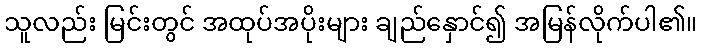
သူလည်း မြင်းတွင် အထုပ်အပိုးများ ချည်နှောင်၍ အမြန်လိုက်ပါ၏။